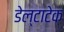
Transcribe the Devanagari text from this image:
डेल्टाटेक